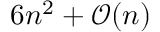
6 n ^ { 2 } + { \mathcal { O } } ( n )